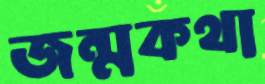
জন্মকথা